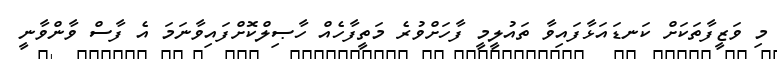
މި ވަޒީފާތަކަށް ކަނޑައަޅާފައިވާ ތައުލީމީ ފާހަށްވުރެ މަތީފާހެއް ހާޞިލްކޮށްފައިވާނަމަ އެ ފާސް ވާންވާނީ